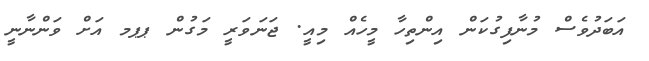
އަަބަދުވެސް މުނާފިގުކަން އިންތިހާ މީހެއް މިއީ. ޖަނަވަރީ މަގުން ޕޕމ އަށް ވަންނާނީ